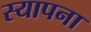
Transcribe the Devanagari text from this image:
स्यापना